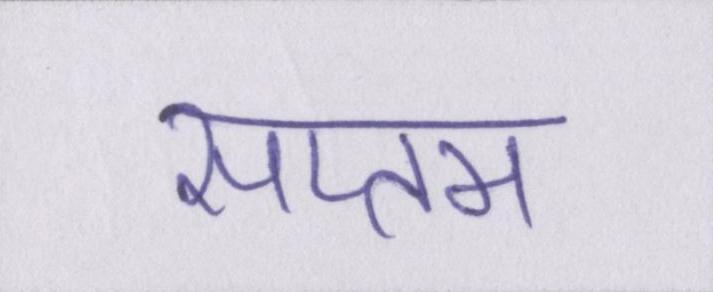
सप्तम